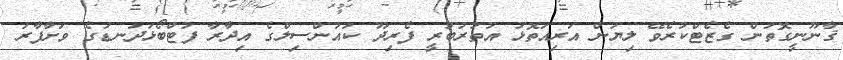
ޤާނޫނީގޮތުން ގެޒެޓްކުރެވޭ ލިޔުން އަރިއަތޮޅު އުތުރުބުރީ ފެރިދޫ ކައުންސިލްގެ އިދާރާ ފުޓްބޯޅަދަނޑުގެ ވަށާފާރު